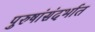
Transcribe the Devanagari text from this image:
पुरुषांसंदर्भात